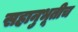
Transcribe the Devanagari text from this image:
सहानुभूतीच